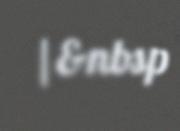
|&nbsp